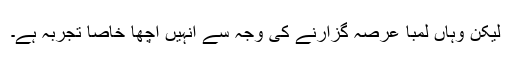
لیکن وہاں لمبا عرصہ گزارنے کی وجہ سے انہیں اچھا خاصا تجربہ ہے۔